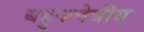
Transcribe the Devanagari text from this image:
बहुकषेत्रीय